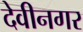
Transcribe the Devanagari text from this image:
देवीनगर